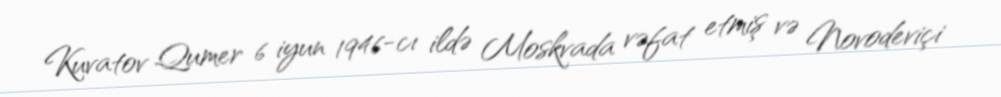
Kuvatov Qumer 6 iyun 1946-cı ildə Moskvada vəfat etmiş və Novodeviçi